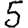
Digit: 5